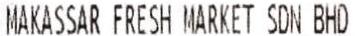
MAKASSAR FRESH MARKET SDN BHD